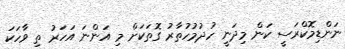
ނަންޑިމޮކްރަސީ ކަން މިދަނީ ހުދުމުހުތާރު ގޮތަކަށް މި އަންނަ އަހަރު ތި ވާހަކަ